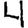
Digit: 4